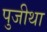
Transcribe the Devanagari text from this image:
पुजीथा